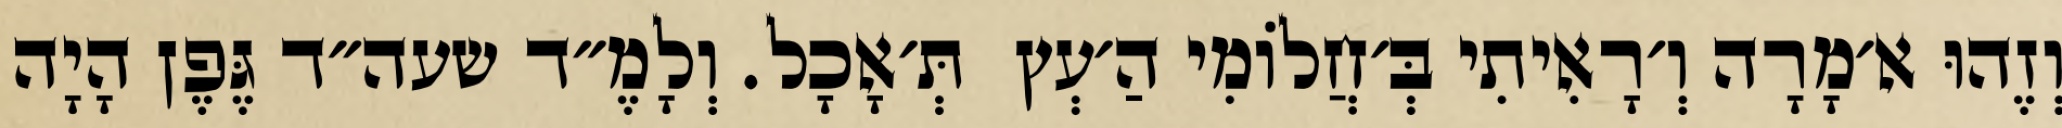
וְזֶהוּ א׳מָרָה וְ׳רָאִיתִי בְּ׳חֲלוֹמִי הַ׳עְץ  תְּ׳אָכָל. וְלָמֶ״ד שעה״ד גֶּפֶן הָיָה